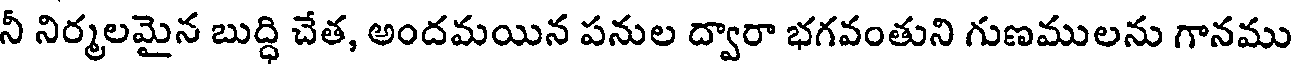
నీ నిర్మలమైన బుద్ధి చేత, అందమయిన పనుల ద్వారా భగవంతుని గుణములను గానము